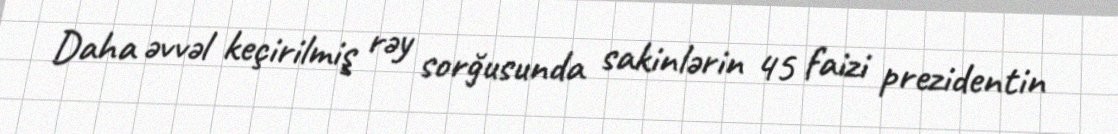
Daha əvvəl keçirilmiş rəy sorğusunda sakinlərin 45 faizi prezidentin